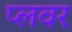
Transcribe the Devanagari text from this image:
प्लवर